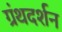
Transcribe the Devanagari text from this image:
ग्रंथदर्शन